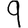
Digit: 9